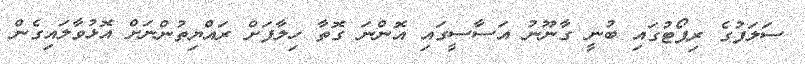
ސަލަފުގެ ރިޕޯޓުގައި ބުނީ ގާނޫނު އަސާސީގައި އޮންނަ ގޮތާ ހިލާފަށް ރައްޔިތުންނަށް އޮޅުވާލައިގެން